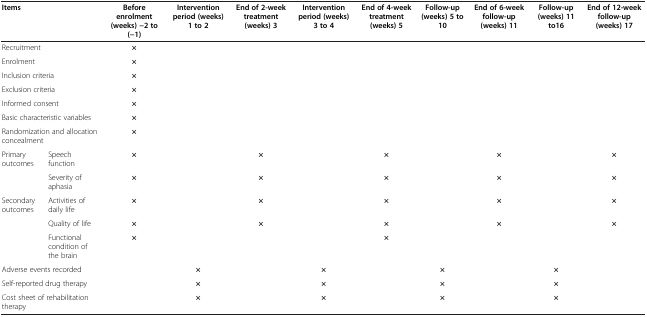
<table><thead><tr><td colspan="2"><b>Items</b></td><td><b>Before enrolment (weeks) -2 to (-1)</b></td><td><b>Intervention period (weeks) 1 to 2</b></td><td><b>End of 2-week treatment (weeks) 3</b></td><td><b>Intervention period (weeks) 3 to 4</b></td><td><b>End of 4-week treatment (weeks) 5</b></td><td><b>Follow-up (weeks) 5 to 10</b></td><td><b>End of 6-week follow-up (weeks) 11</b></td><td><b>Follow-up (weeks) 11 to16</b></td><td><b>End of 12-week follow-up (weeks) 17</b></td></tr></thead><tbody><tr><td colspan="2">Recruitment</td><td><b>×</b></td><td> </td><td> </td><td> </td><td> </td><td> </td><td> </td><td> </td><td> </td></tr><tr><td colspan="2">Enrolment</td><td><b>×</b></td><td> </td><td> </td><td> </td><td> </td><td> </td><td> </td><td> </td><td> </td></tr><tr><td colspan="2">Inclusion criteria</td><td><b>×</b></td><td> </td><td> </td><td> </td><td> </td><td> </td><td> </td><td> </td><td> </td></tr><tr><td colspan="2">Exclusion criteria</td><td><b>×</b></td><td> </td><td> </td><td> </td><td> </td><td> </td><td> </td><td> </td><td> </td></tr><tr><td colspan="2">Informed consent</td><td><b>×</b></td><td> </td><td> </td><td> </td><td> </td><td> </td><td> </td><td> </td><td> </td></tr><tr><td colspan="2">Basic characteristic variables</td><td><b>×</b></td><td> </td><td> </td><td> </td><td> </td><td> </td><td> </td><td> </td><td> </td></tr><tr><td colspan="2">Randomization and allocation concealment</td><td><b>×</b></td><td> </td><td> </td><td> </td><td> </td><td> </td><td> </td><td> </td><td> </td></tr><tr><td>Primary outcomes</td><td>Speech function</td><td><b>×</b></td><td> </td><td><b>×</b></td><td> </td><td><b>×</b></td><td> </td><td><b>×</b></td><td> </td><td><b>×</b></td></tr><tr><td> </td><td>Severity of aphasia</td><td><b>×</b></td><td> </td><td><b>×</b></td><td> </td><td><b>×</b></td><td> </td><td><b>×</b></td><td> </td><td><b>×</b></td></tr><tr><td>Secondary outcomes</td><td>Activities of daily life</td><td><b>×</b></td><td> </td><td><b>×</b></td><td> </td><td><b>×</b></td><td> </td><td><b>×</b></td><td> </td><td><b>×</b></td></tr><tr><td> </td><td>Quality of life</td><td><b>×</b></td><td> </td><td><b>×</b></td><td> </td><td><b>×</b></td><td> </td><td><b>×</b></td><td> </td><td><b>×</b></td></tr><tr><td> </td><td>Functional condition of the brain</td><td><b>×</b></td><td> </td><td> </td><td> </td><td><b>×</b></td><td> </td><td> </td><td> </td><td> </td></tr><tr><td colspan="2">Adverse events recorded</td><td> </td><td><b>×</b></td><td> </td><td><b>×</b></td><td> </td><td><b>×</b></td><td> </td><td><b>×</b></td><td> </td></tr><tr><td colspan="2">Self-reported drug therapy</td><td> </td><td><b>×</b></td><td> </td><td><b>×</b></td><td> </td><td><b>×</b></td><td> </td><td><b>×</b></td><td> </td></tr><tr><td colspan="2">Cost sheet of rehabilitation therapy</td><td> </td><td><b>×</b></td><td> </td><td><b>×</b></td><td> </td><td><b>×</b></td><td> </td><td><b>×</b></td><td> </td></tr></tbody></table>